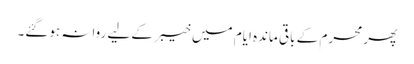
پھر محرم کے باقی ماندہ ایام میں خیبر کے لیے روانہ ہوگئے۔